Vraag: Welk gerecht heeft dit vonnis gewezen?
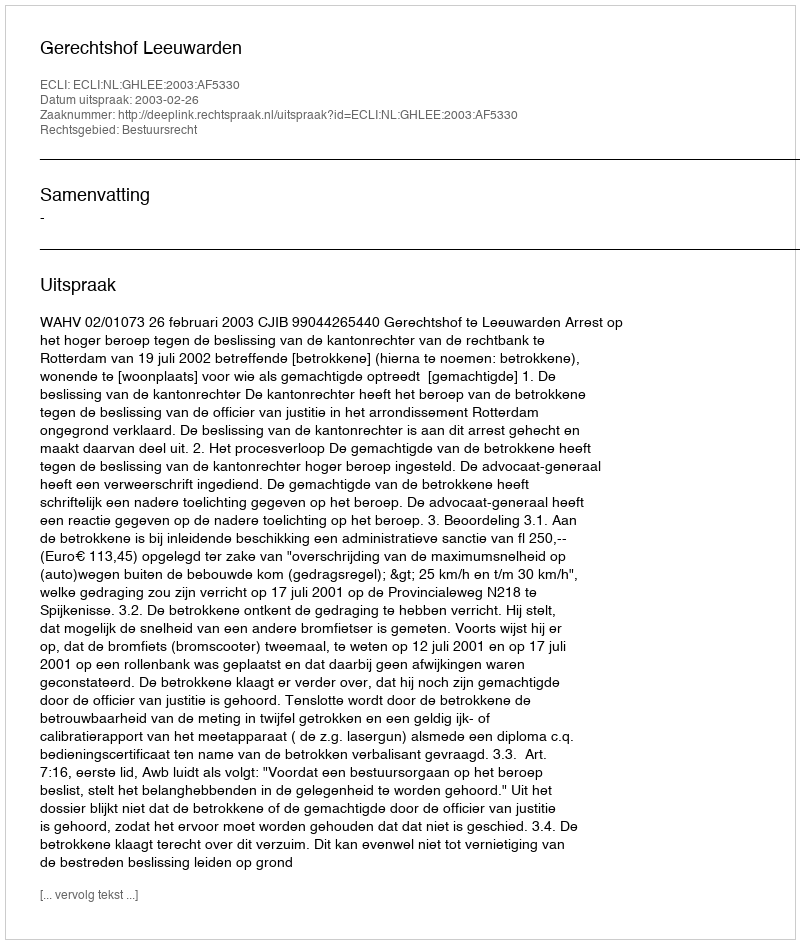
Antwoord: Gerechtshof Leeuwarden